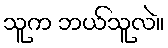
သူက ဘယ်သူလဲ။